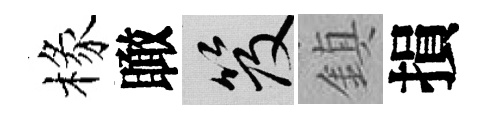
椽瞰笈鎮損